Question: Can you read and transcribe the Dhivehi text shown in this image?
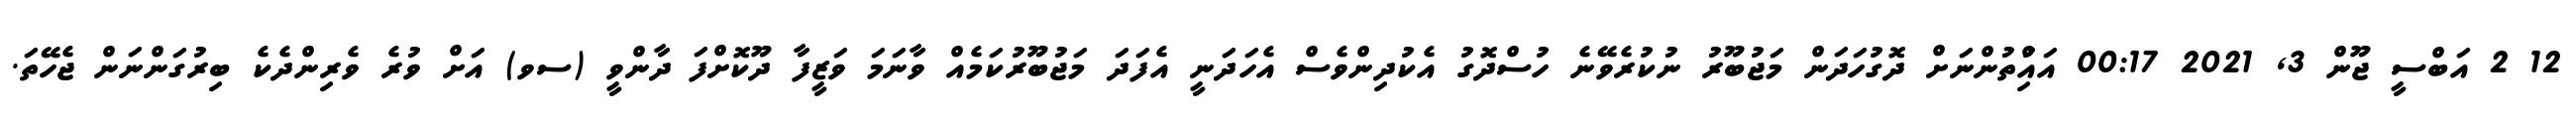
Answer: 12 2 އަބްސީ ޖޫން 3, 2021 00:17 އައްުިތުންނަށް ދޮގުހަދަން މަޖުބޫރު ނުކުރެވޭނެ ހުސްދޮގު އެކުދިންވެސް އެހަދަނީ އެފަދަ މަޖުބޫރުކަމެއް ވާނަމަ ވަޒީފާ ދޫކޮށްފަ ދާންވީ (ސވ) އަށް ވުރެ ވެރިންދެކެ ބިރުގަންނަން ޖެހޭތަ.